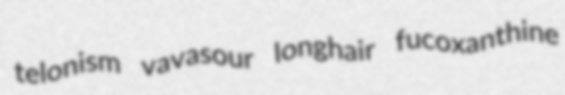
telonism vavasour longhair fucoxanthine